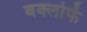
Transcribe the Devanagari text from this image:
बक्लोफें